Language: tamil
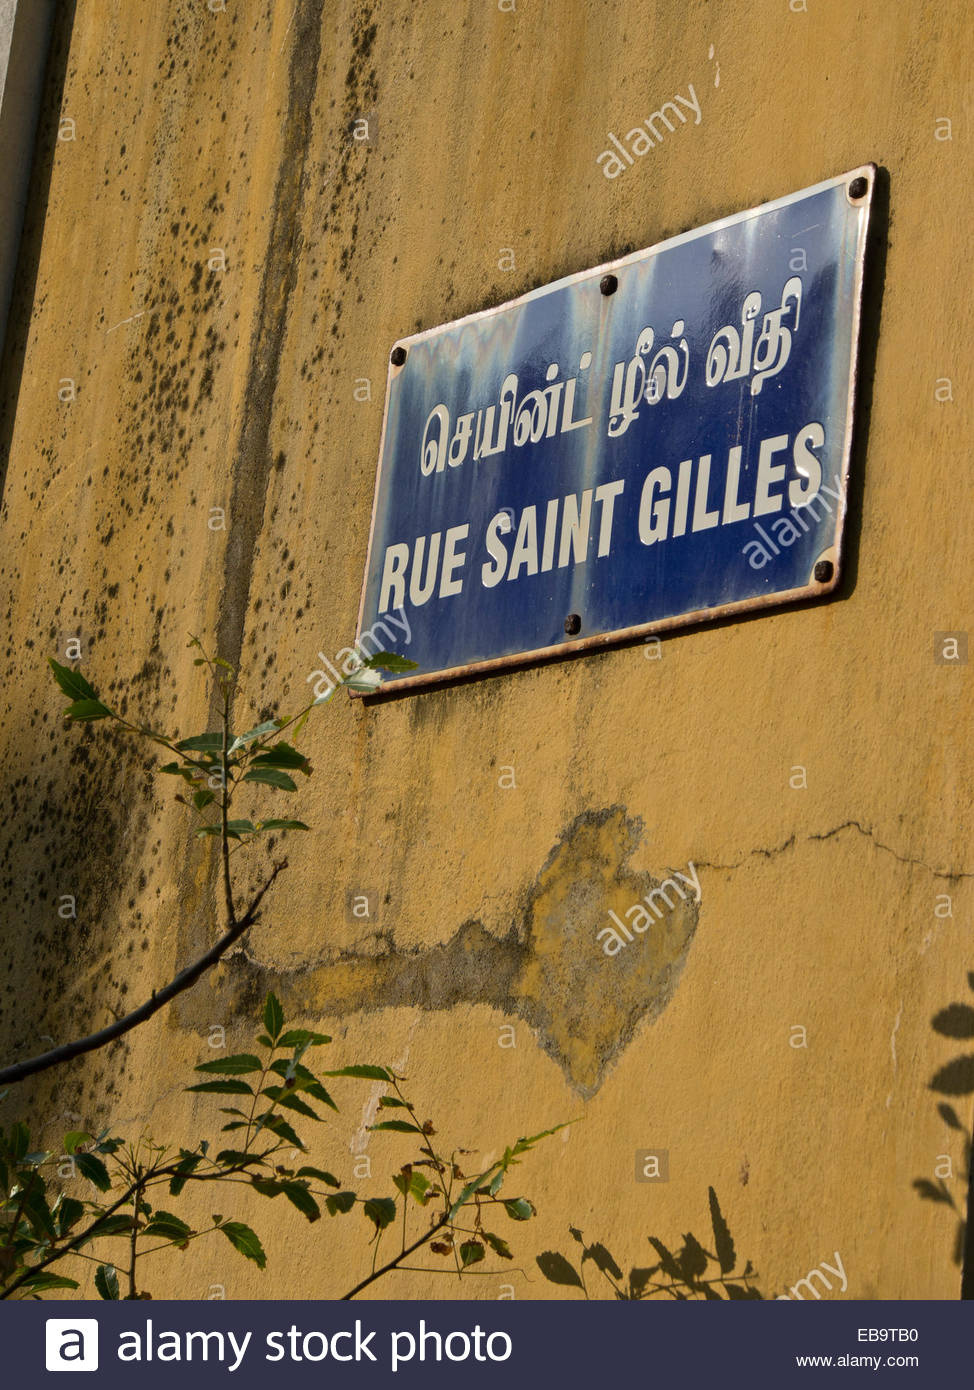
Transcription: ழல் செயின்ட் வீதி